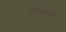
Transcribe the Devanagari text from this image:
हैन्निगन